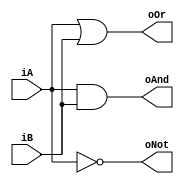
`timescale 1ns / 1ps
//////////////////////////////////////////////////////////////////////////////////
// Company: 
// Engineer: 
// 
// Design Name: 
// Module Name: logic_gates_1
// Project Name: 
// Target Devices: 
// Tool Versions: 
// Description: 
// 
// Dependencies: 
// 
// Revision:
// Revision 0.01 - File Created
// Additional Comments:
// 
//////////////////////////////////////////////////////////////////////////////////


module logic_gates_1(iA, iB, oAnd, oOr, oNot);
   input iA,iB;
   output oAnd,oOr,oNot;
   and and_inst(oAnd,iA,iB);
   or or_inst(oOr,iA,iB);
   not not_inst(oNot,iA);
endmodule